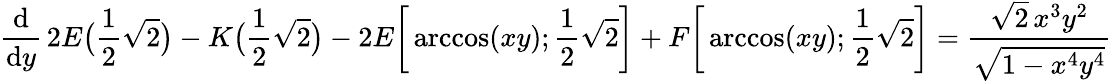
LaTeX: {\frac{\mathrm{d}}{\mathrm{d}y}}\, 2E{\bigl(}{\frac{1}{2}}{\sqrt{2}}{\bigr)}-K{\bigl(}{\frac{1}{2}}{\sqrt{2}}{\bigr)}-2E{\biggl[}\operatorname{arccos}(xy);{\frac{1}{2}}{\sqrt{2}}{\biggr]}+F{\biggl[}\operatorname{arccos}(xy);{\frac{1}{2}}{\sqrt{2}}{\biggr]}={\frac{{\sqrt{2}}\, x^{3}y^{2}}{\sqrt{1-x^{4}y^{4}}}}